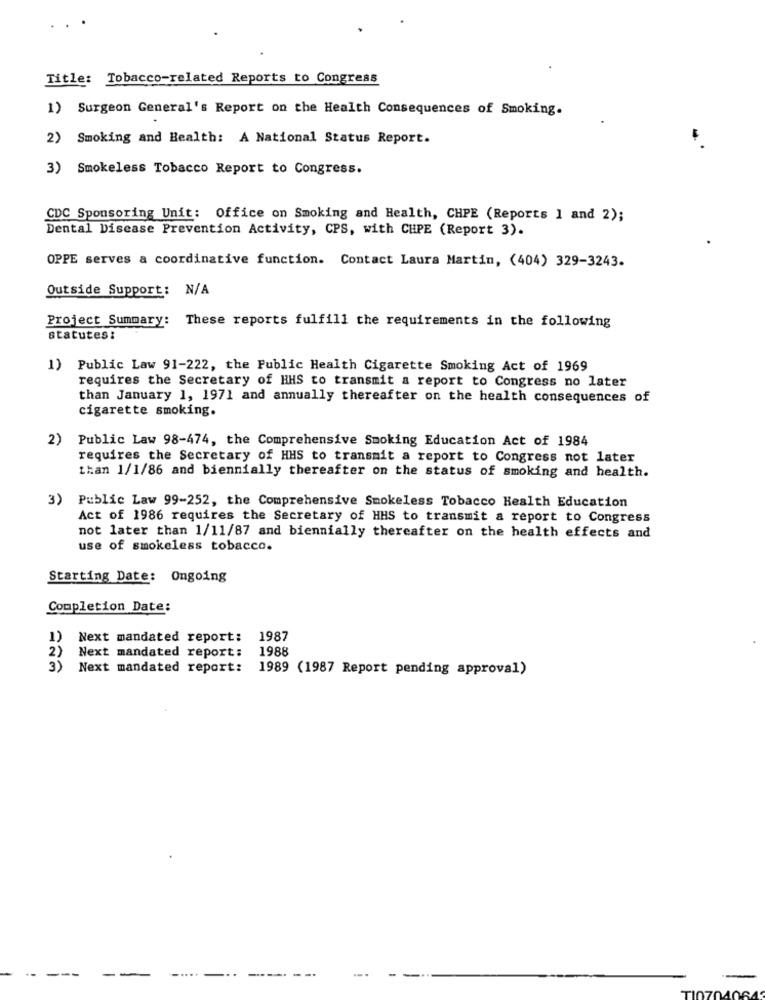
Title: Tobacco-related Reports to Congress
1) Surgeon General's Report on the Health Consequences of Smoking.
2) Smoking and Health: A National Status Report.
3) Smokeless Tobacco Report to Congress.
CDC Sponsoring Unit: Office on Smoking and Health, CHPE (Reports 1 and 2);
Dental Disease Prevention Activity, CPS, with CHPE (Report 3).
OPPE serves a coordinative function. Contact Laura Martin, (404) 329-3243.
Outside Support: N/A
Project Summary: These reports fulfill the requirements in the following
statutes:
1) Public Law 91-222, the Public Health Cigarette Smoking Act of 1969
requires the Secretary of HHS to transmit a report to Congress no later
than January 1, 1971 and annually thereafter on the health consequences of
cigarette smoking.
2) Public Law 98-474, the Comprehensive Smoking Education Act of 1984
requires the Secretary of HHS to transmit a report to Congress not later
than 1/1/86 and biennially thereafter on the status of smoking and health.
3) Public Law 99-252, the Comprehensive Smokeless Tobacco Health Education
Act of 1986 requires the Secretary of HHS to transmit a report to Congress
not later than 1/11/87 and biennially thereafter on the health effects and
use of smokeless tobacco.
Starting Date: Ongoing
Completion Date:
1) Next mandated report:
1987
2)
Next mandated report:
1988
3) Next mandated report:
1989 (1987 Report pending approval)
..
---